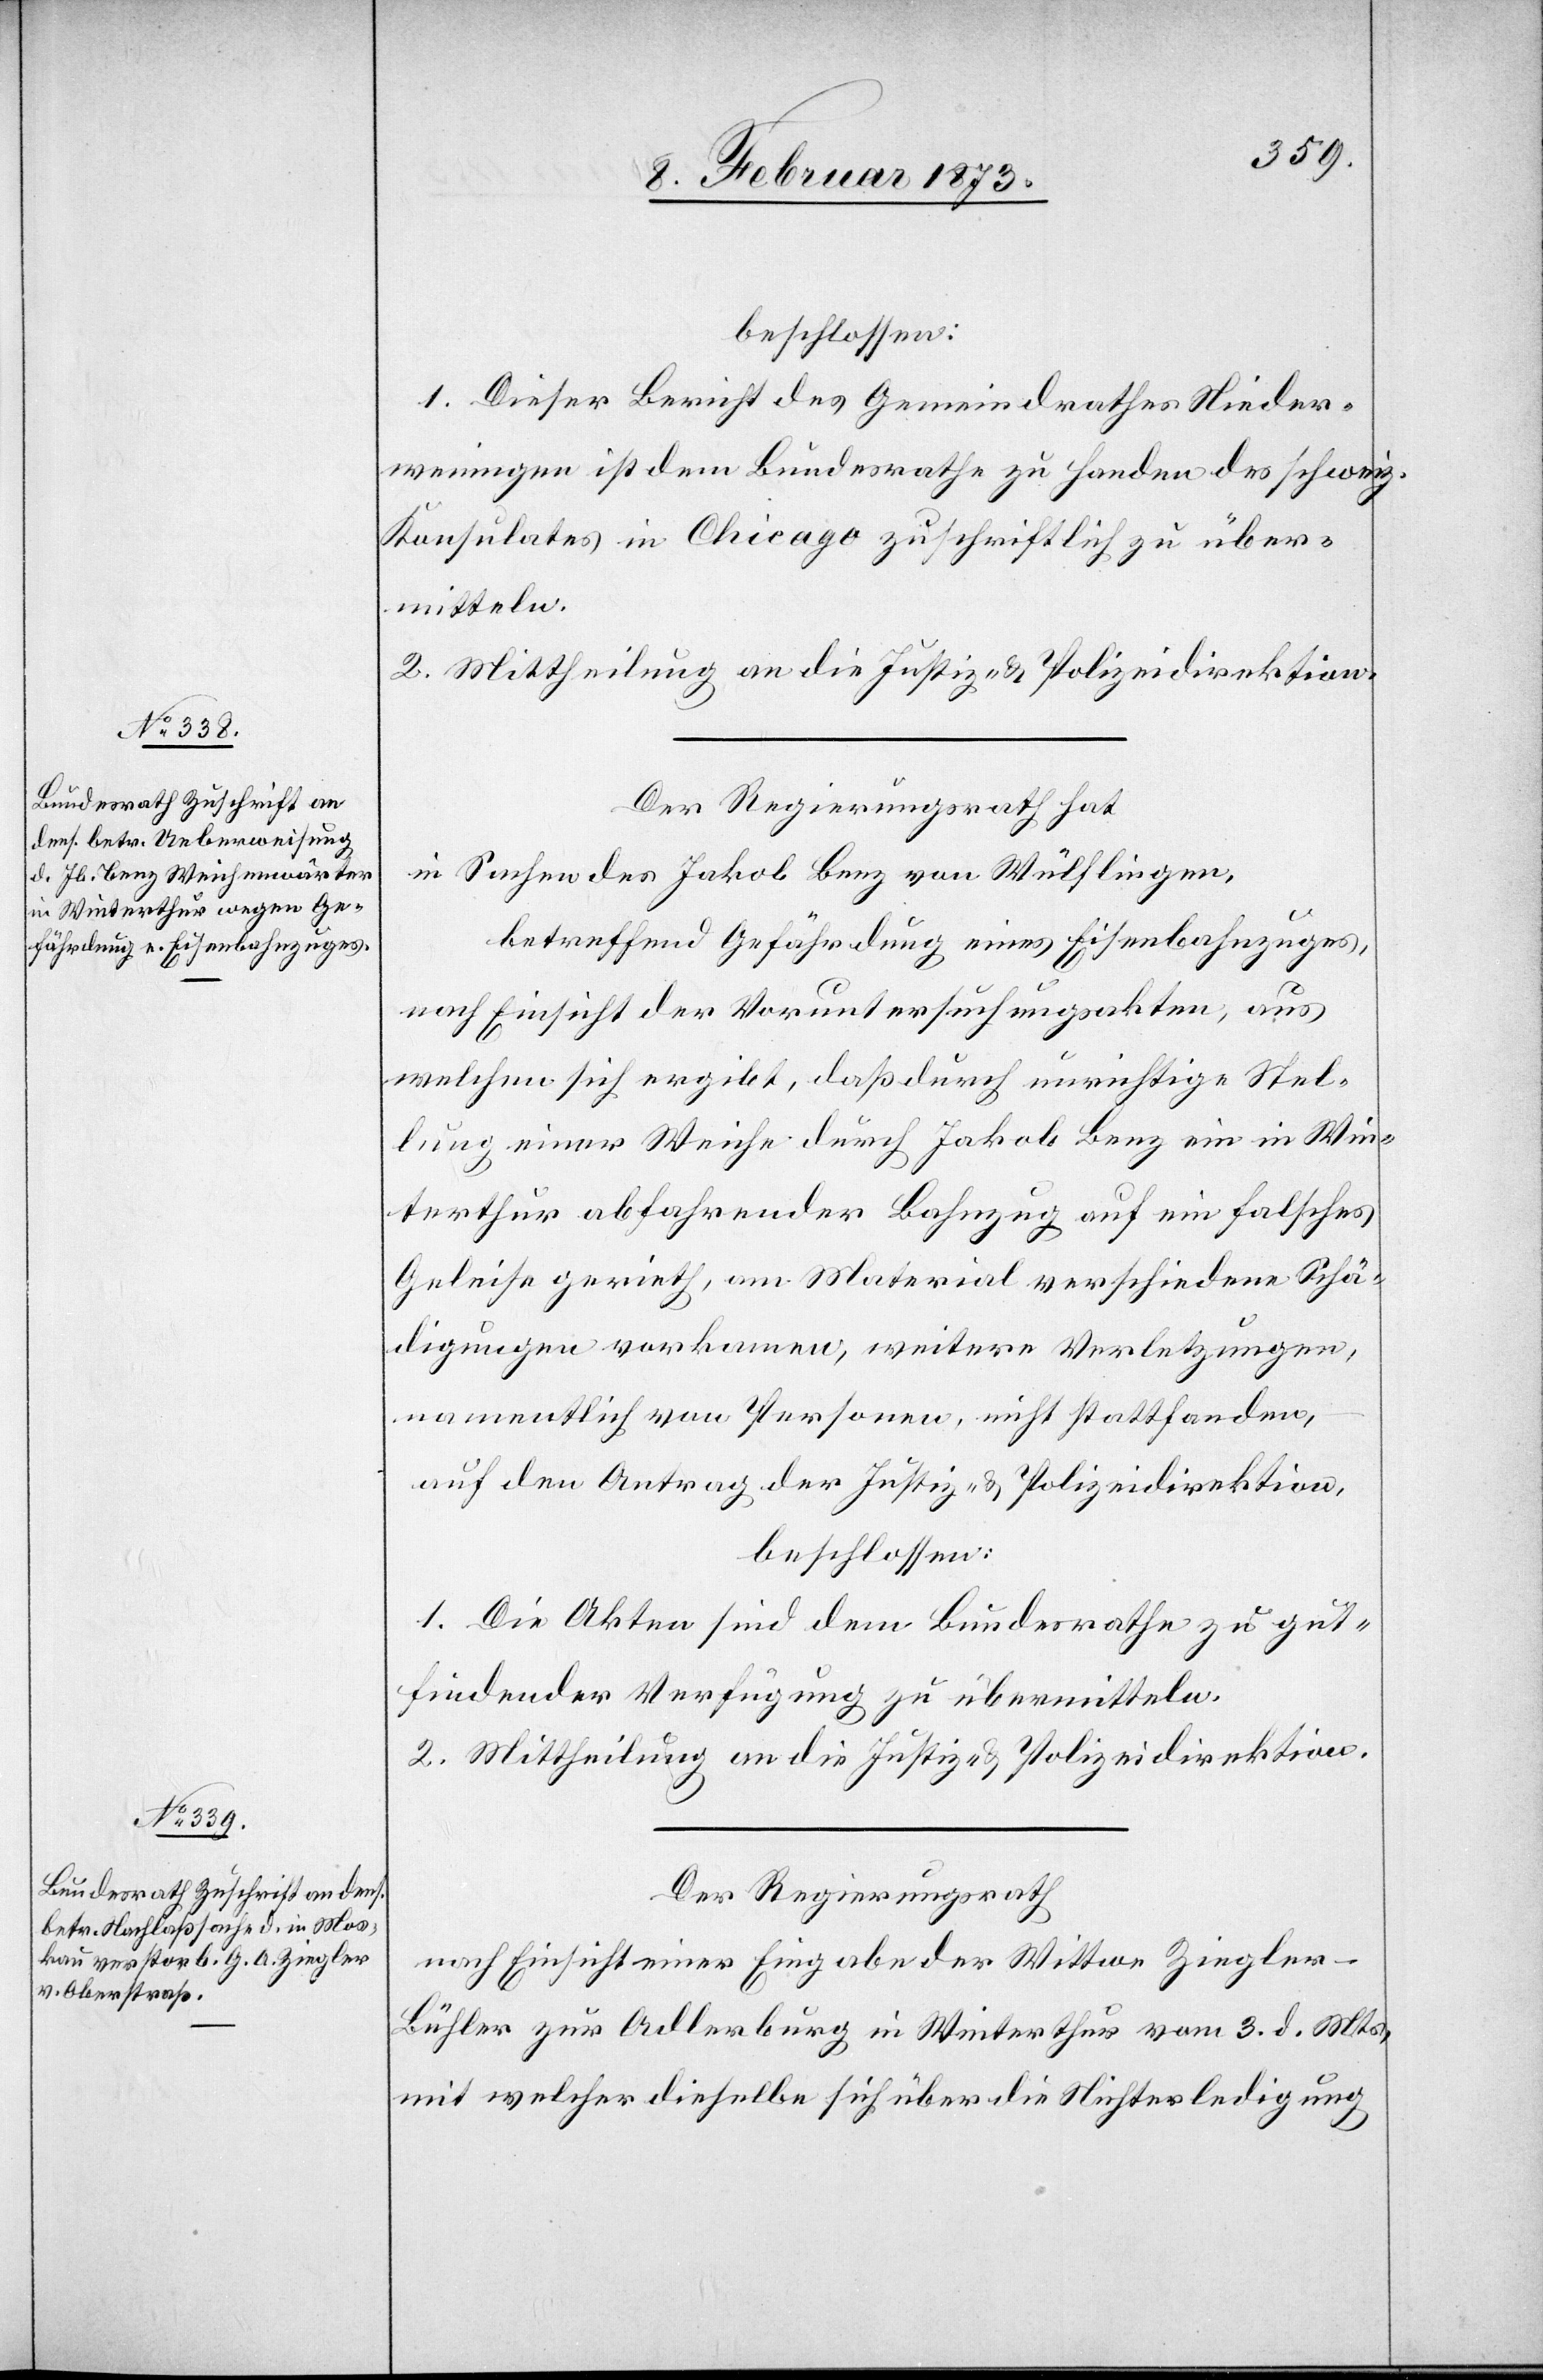
beschlossen:
1. Dieser Bericht des Gemeindrathes Nieder¬
weningen ist dem Bundesrathe zu Handen des schweiz.
Konsulates in Chicago zuschriftlich zu über¬
mitteln.
2. Mittheilung an die Justiz- u. Polizeidirektion.
Der Regierungsrath hat
in Sachen des Jakob Benz von Wülflingen,
betreffend Gefährdung eines Eisenbahnzuges,
nach Einsicht der Voruntersuchungsakten, aus
welchem sich ergibt, daß durch unrichtige Stel¬
lung einer Weiche durch Jakob Benz ein in Win¬
terthur abfahrender Bahnzug auf ein falsches
Geleise gerieth, am Material verschiedene Schä¬
digungen vorkamen, weitere Verletzungen,
namentlich von Personen, nicht stattfanden,
auf den Antrag der Justiz- u. Polizeidirektion,
beschlossen:
1. Die Akten sind dem Bundesrathe zu gut¬
findender Verfügung zu übermitteln.
2. Mittheilung an die Justiz- u. Polizeidirektion.
Der Regierungsrath
nach Einsicht einer Eingabe der Wittwe Ziegle¬
r-Bühler zur Adlerburg in Winterthur vom 3. d. Mts.,
mit welcher dieselbe sich über die Nichterledigung